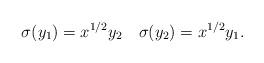
LaTeX: \begin{align*} \sigma(y_1)=x^{1/2}y_2 \quad \sigma(y_2)=x^{1/2}y_1.\end{align*}